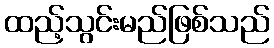
ထည့်သွင်းမည်ဖြစ်သည်